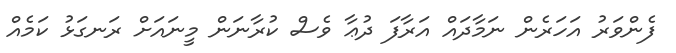
ފެންވަރު އަހަރެން ނަމާދައް އަރާފަ ދުޢާ ވެސް ކުރާނަން މީނައަށް ރަނގަޅު ކަމެއް